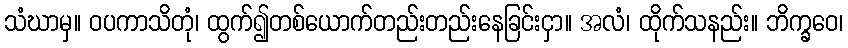
သံဃာမှ။ ဝပကာသိတုံ၊ ထွက်၍တစ်ယောက်တည်းတည်းနေခြင်းငှာ။ အလံ၊ ထိုက်သနည်း။ ဘိက္ခဝေ၊